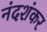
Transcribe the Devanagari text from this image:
नंदशंकर